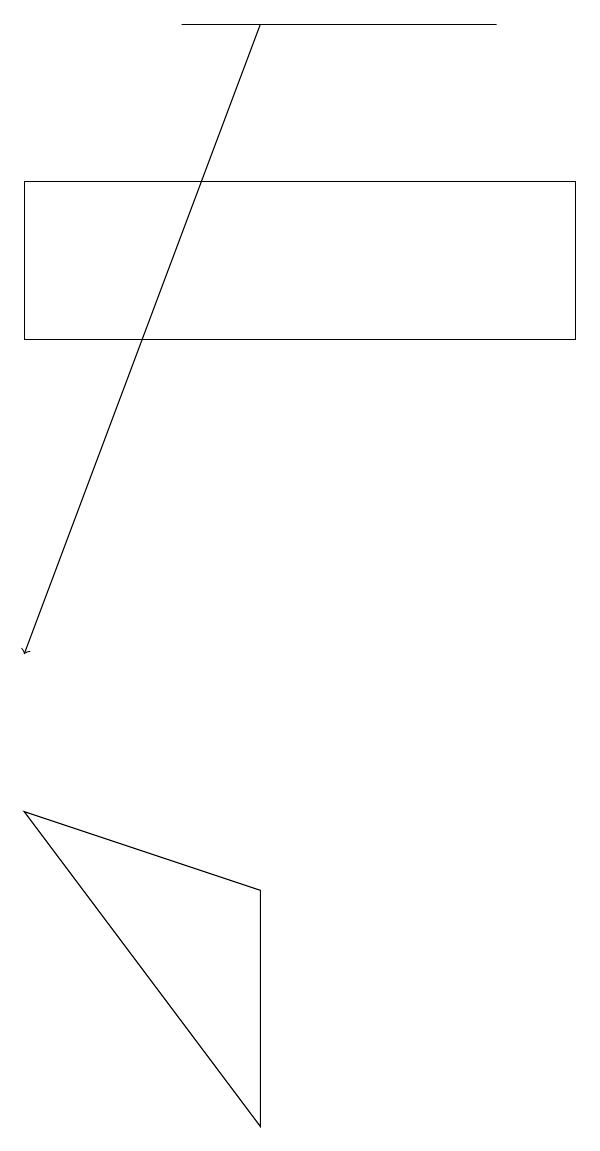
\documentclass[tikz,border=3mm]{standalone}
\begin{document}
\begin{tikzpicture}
\draw (7,16) rectangle (0,14);
\draw (0,8) -- (3,7) -- (3,4) -- cycle;
\draw (2,18) rectangle (6,18);
\draw[->] (3,18) -- (0,10);
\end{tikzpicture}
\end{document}